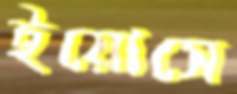
ইয়োসে